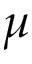
\mu